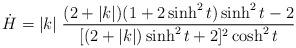
LaTeX: \begin{align*}\dot{H}=|k|\;\frac{(2+|k|)(1+2\sinh^2 t )\sinh^2 t -2}{[(2+|k|)\sinh^2 t +2]^2\cosh^2 t }\end{align*}